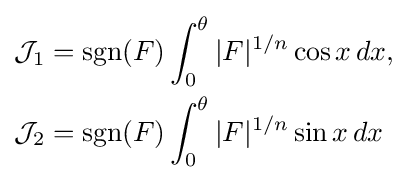
{\begin{aligned}{\mathcal {J}}_{1}&=\mathrm {sgn} (F)\int _{0}^{\theta }|F|^{1/n}\cos x\,dx,\\{\mathcal {J}}_{2}&=\mathrm {sgn} (F)\int _{0}^{\theta }|F|^{1/n}\sin x\,dx\end{aligned}}